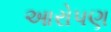
આરોપણ